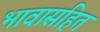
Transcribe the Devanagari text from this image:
भावासहित